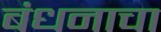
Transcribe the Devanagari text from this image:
बंधनाचा